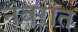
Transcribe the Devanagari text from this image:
नंबरांत